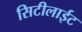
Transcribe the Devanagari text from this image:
सिटीलाईट